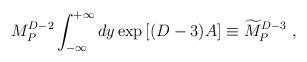
LaTeX: \begin{align*} M_P^{D-2}\int_{-\infty}^{+\infty} dy \exp\left[(D-3)A\right]\equiv {\widetilde M}_P^{D-3}~,\end{align*}